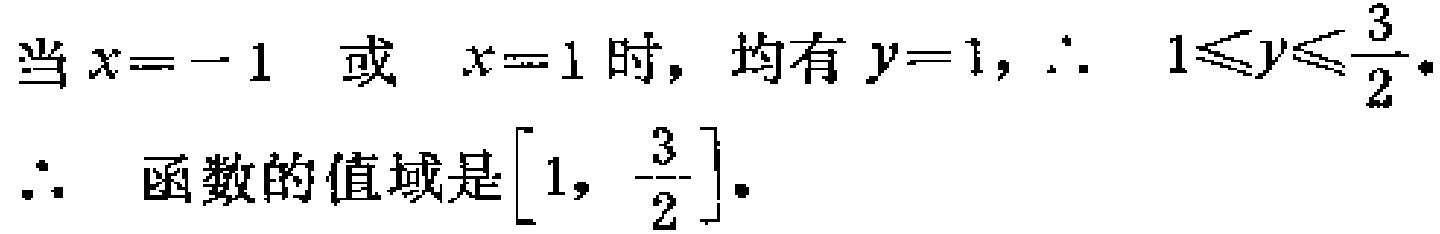
当\(x = -1\) 或 \(x = 1\) 时，均有 \(y = 1\)，\(\therefore\) \(1\leqslant y\leqslant\frac{3}{2}\)．
\(\therefore\) 函数的值域是\(\left[1, \frac{3}{2}\right]\)．